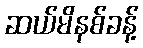
ဆယ်မိနစ်ခန့်